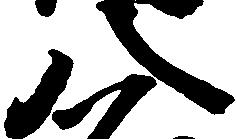
八